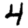
Digit: 4